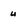
Character: u